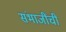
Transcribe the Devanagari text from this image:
संभाजींची